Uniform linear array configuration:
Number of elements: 4
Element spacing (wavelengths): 0.75
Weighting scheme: kaiser
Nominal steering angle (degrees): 0
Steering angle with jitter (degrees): -0.8839
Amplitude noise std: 0.05
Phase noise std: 0.05

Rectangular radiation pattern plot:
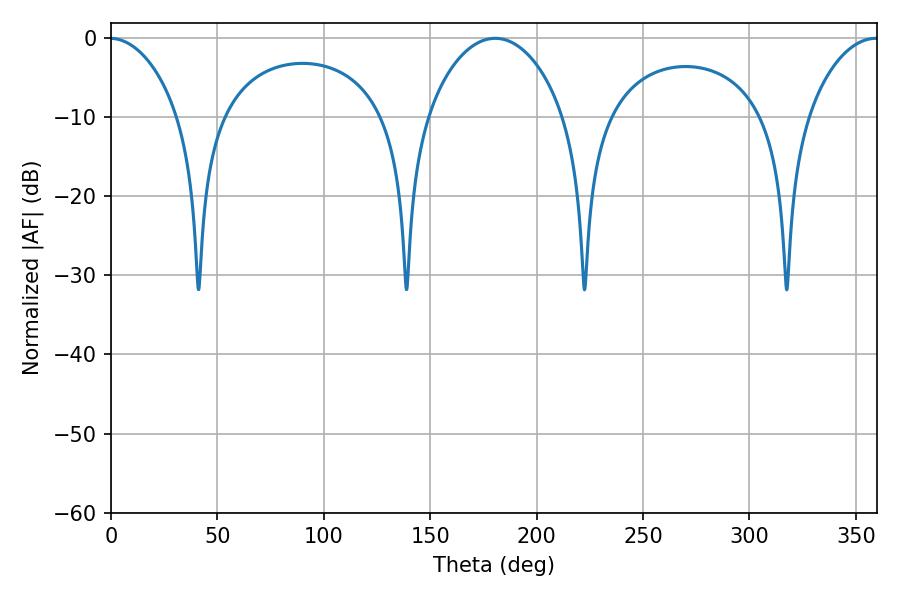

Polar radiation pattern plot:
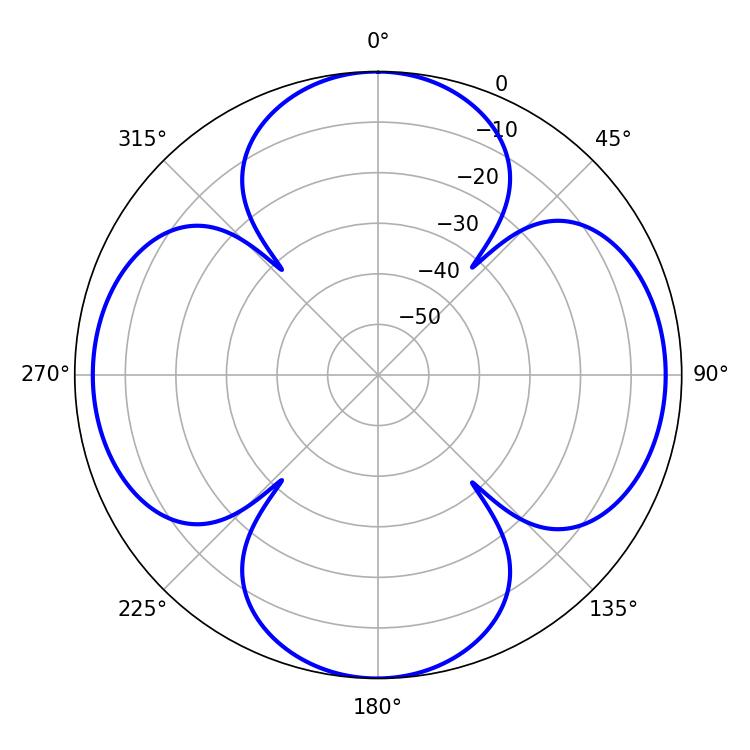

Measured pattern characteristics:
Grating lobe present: TRUE
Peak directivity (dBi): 17.51
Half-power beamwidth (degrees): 18.9
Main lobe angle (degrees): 359.46